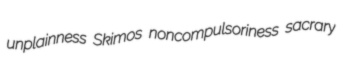
unplainness Skimos noncompulsoriness sacrary